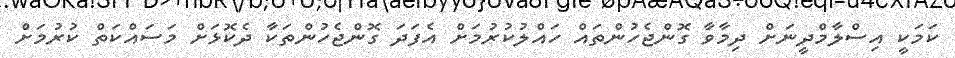
ކަމަކީ އިސްލާމްދީނަށް ދިމާވާ ގޮންޖެހުންތައް ހައްލުކުރުމަށް އެފަދަ ގޮންޖެހުންތަކާ ދެކޮޅަށް މަސައްކަތް ކުރުމަށް